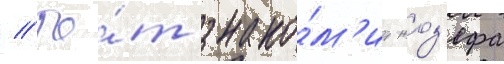
// То́т знако́м'ит жоз'ефа